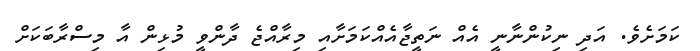
ކަމަށެވެ. އަދި ނިކުންނާނީ އެއް ނަތީޖާއެއްކަމަށާއި މިރާއްޖެ ދާންވީ މުޅިން އާ މިސްރާބަކަށް